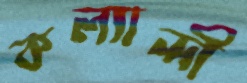
কল্যান্দী